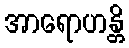
အာရောဟန္တိ